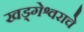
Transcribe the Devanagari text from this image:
खड्गेश्वराचे